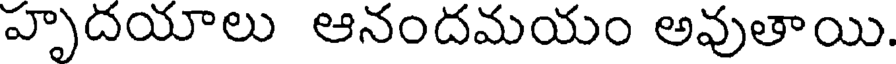
హృదయాలు ఆనందమయం అవుతాయి.